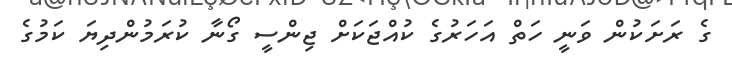
ގެ ރަށަކުން ވަނީ ހަތް އަހަރުގެ ކުއްޖަކަށް ޖިންސީ ގޯނާ ކުރަމުންދިޔަ ކަމުގެ